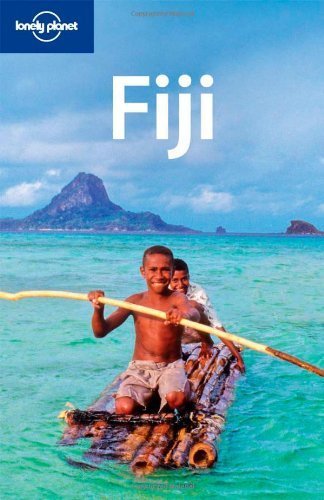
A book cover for Fiji (Country Travel Guide) by Dean Starnes, Nana Luckham (2009) Paperback; Nana Luckham Dean Starnes; Travel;